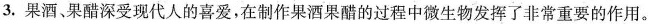
3.果酒、果醋深受现代人的喜爱，在制作果酒果醋的过程中微生物发挥了非常重要的作用。